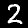
Label: 2